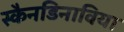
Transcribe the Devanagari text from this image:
स्कैनडिनाविया